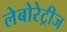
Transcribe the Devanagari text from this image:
लेबोरेट्रीज